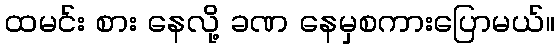
ထမင်း စား နေလို့ ခဏ နေမှစကားပြောမယ်။